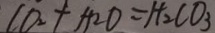
C O _ { 2 } + H _ { 2 } O = H _ { 2 } C O _ { 3 }